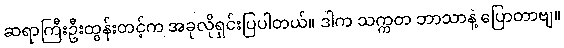
ဆရာကြီးဦးထွန်းတင့်က အခုလိုရှင်းပြပါတယ်။ ဒါက သက္ကတ ဘာသာနဲ့ ပြောတာဗျ။